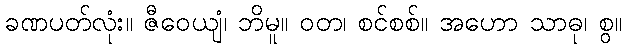
ခဏပတ်လုံး။ ဇီဝေယျံ၊ ဘိမူ။ ဝတ၊ စင်စစ်။ အဟော သာဓု၊ စွ။